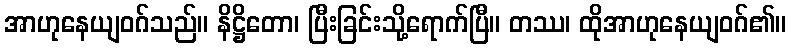
အာဟုနေယျဝဂ်သည်။ နိဋ္ဌိတော၊ ပြီးခြင်းသို့ရောက်ပြီ။ တဿ၊ ထိုအာဟုနေယျဝဂ်၏။